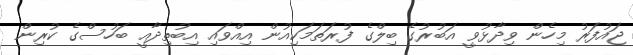
ޖައުފަރު މިހެން ވިދާޅުވީ އަބުރުގެ ބިލްގެ ފުރަތަމަކިއުން އިއްވައި އިބުތިދާއީ ބަހުސްގެ ކުރިން